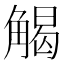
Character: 𮗳